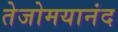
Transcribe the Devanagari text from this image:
तेजोमयानंद